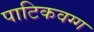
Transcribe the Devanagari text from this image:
पाटिकवग्ग